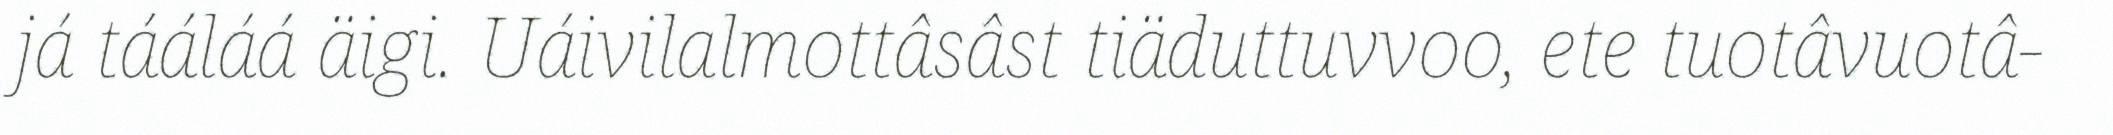
já tááláá äigi. Uáivilalmottâsâst tiäduttuvvoo, ete tuotâvuotâ-